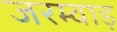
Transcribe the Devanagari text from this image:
जरम्वाड़